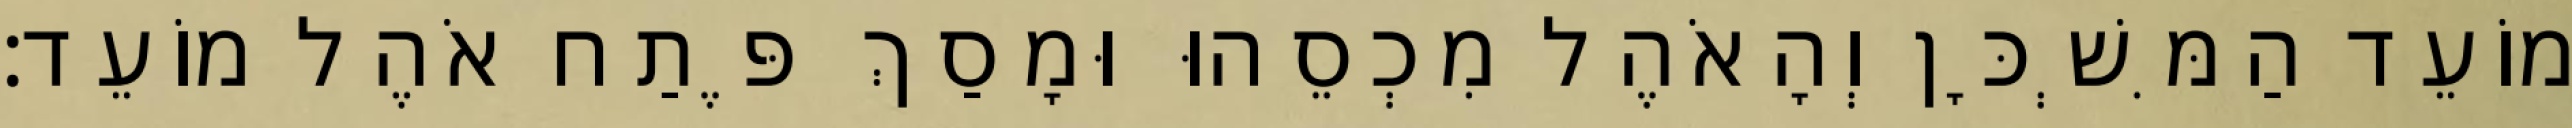
מוֹעֵד הַמִּשְׁכָּן וְהָאֹהֶל מִכְסֵהוּ וּמָסַךְ פֶּתַח אֹהֶל מוֹעֵד׃